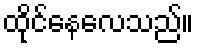
ထိုင်နေလေသည်။